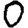
Digit: 0